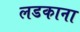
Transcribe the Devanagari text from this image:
लडकाना